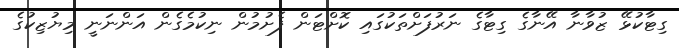
ގިޓާކުޅޭ ޒުވާނާ އޭނާގެ ގިޓާގެ ނަރުފަށްތަކުގައި ކޮށްޓަން ފެށުމުން ނިކުމެގެން އަންނަނީ މިޔުޒިކުގެ